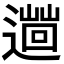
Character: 𨗞